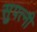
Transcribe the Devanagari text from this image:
सुपत्‍नी